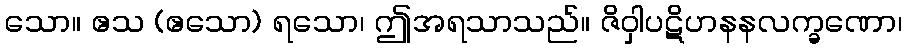
သော။ ဧသ (ဧသော) ရသော၊ ဤအရသာသည်။ ဇိဝှါပဋိဟနနလက္ခဏော၊